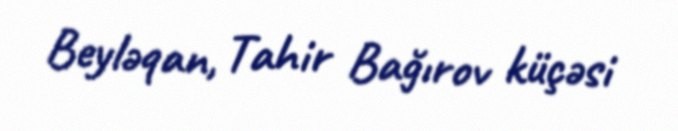
Beyləqan, Tahir Bağırov küçəsi